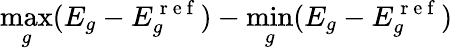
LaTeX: \operatorname*{max}_{g}(E_{g}-E_{g}^{\mathrm{~r~e~f~}})-\operatorname*{min}_{g}(E_{g}-E_{g}^{\mathrm{~r~e~f~}})